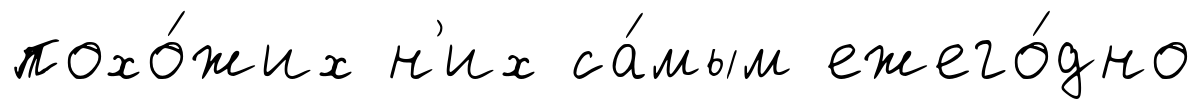
похо́жих н'их са́мым ежего́дно